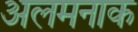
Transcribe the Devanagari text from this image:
अलमनाक